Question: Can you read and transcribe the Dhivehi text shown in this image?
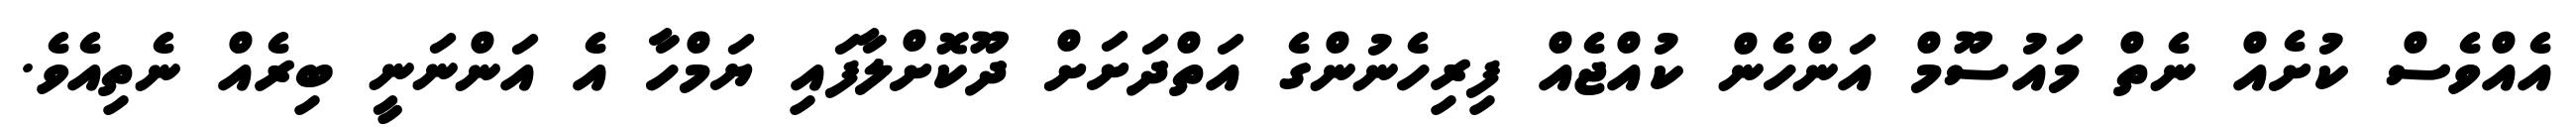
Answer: އެއްވެސް ކުށެއް ނެތް މައުސޫމް އަންހެން ކުއްޖެއް ފިރިހެނުންގެ އަތްދަށަށް ދޫކޮށްލާފައި ޔަމްހާ އެ އަންނަނީ ބިރެއް ނެތިއެވެ.